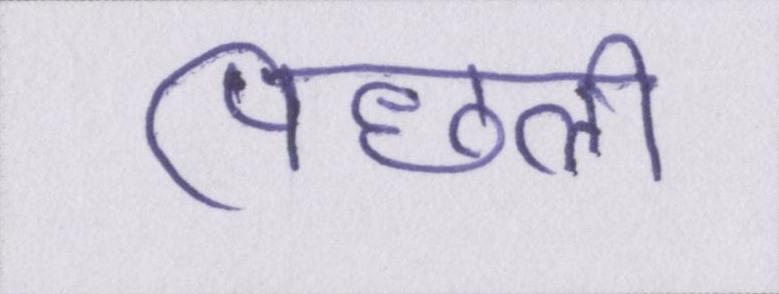
पिछली